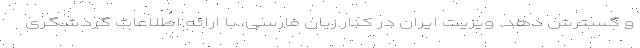
و گسترش دهد. ویزیت ایران در کنار زبان فارسی، با ارائه اطلاعات گردشگری